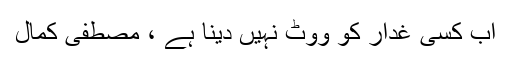
اب کسی غدار کو ووٹ نہیں دینا ہے ، مصطفیٰ کمال